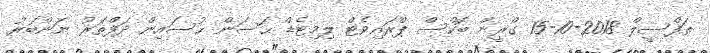
ތަފްސީލް 2018-10-15 ގްރީން ބޮކްސް ޕްރައިވެޓް ލިމިޓެޑް ޙަސަން ޙުސައިން ދަފްތަރު ނަންބަރު